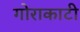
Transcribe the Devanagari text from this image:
गोराकाटी